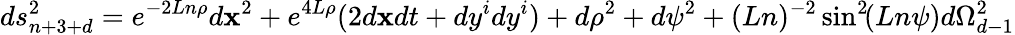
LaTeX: ds_{n+3+d}^{2}=e^{-2Ln\rho}d\mathbf{x}^{2}+e^{4L\rho}(2d\mathbf{x}dt+dy^{i}dy^{i})+d\rho^{2}+d\psi^{2}+(Ln)^{-2}\sin^{2}\! (Ln\psi)d\Omega_{d-1}^{2}